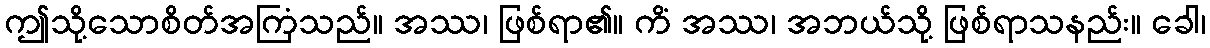
ဤသို့သောစိတ်အကြံသည်။ အဿ၊ ဖြစ်ရာ၏။ ကိံ အဿ၊ အဘယ်သို့ ဖြစ်ရာသနည်း။ ခေါ၊